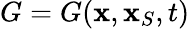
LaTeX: G=G({\mathbf x},{\mathbf x}_{S},t)